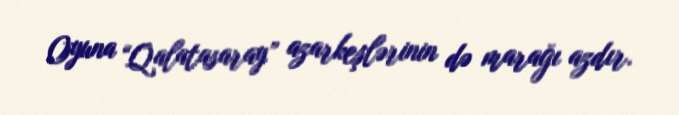
Oyuna “Qalatasaray” azarkeşlərinin də marağı azdır.